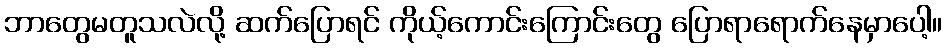
ဘာတွေမတူသလဲလို့ ဆက်ပြောရင် ကိုယ့်ကောင်းကြောင်းတွေ ပြောရာရောက်နေမှာပေါ့။